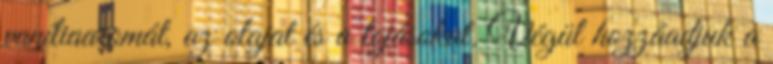
vaníliaaromát, az olajat és a tojásokat. Végül hozzáadjuk a